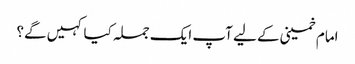
امام خمینی کے لیے آپ ایک جملہ کیا کہیں گے؟